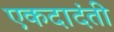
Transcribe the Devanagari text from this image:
एकदादंती